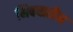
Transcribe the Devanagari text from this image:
भिक्यासैन